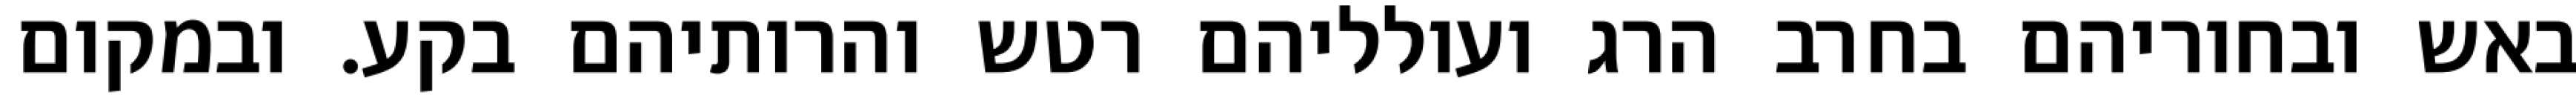
באש ובחוריהם בחרב הרג ועולליהם רטש והרותיהם בקע. ובמקום